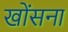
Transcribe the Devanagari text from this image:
खोंसना